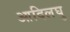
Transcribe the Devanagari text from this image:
आदिलघु